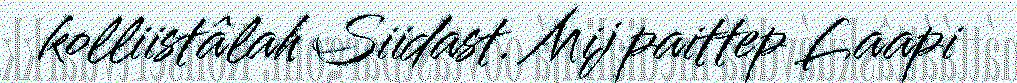
kolliistâlah Siidast. Mij paittep Laapi